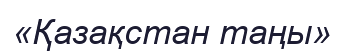
«Қазақстан таңы»